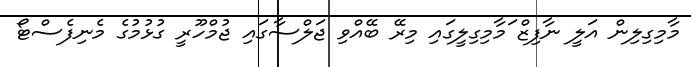
މާމިގިލިން އަލީ ނާފިޒް ަމާމިގިލީގައި މިރޭ ބޭއްވި ޖަލްސާގައި ޖުމްހޫރީ ގުޅުމުގެ މެނިފެސްޓޯ